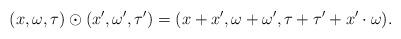
LaTeX: \begin{align*}(x,\omega,\tau) \odot (x',\omega',\tau') = (x+x',\omega+\omega', \tau+\tau'+x'\cdot\omega) .\end{align*}